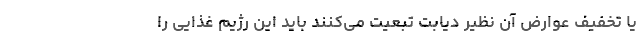
یا تخفیف عوارض آن نظیر دیابت تبعیت می‌کنند باید این رژیم غذایی را